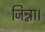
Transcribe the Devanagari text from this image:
जिन्ना।